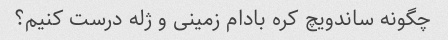
چگونه ساندویچ کره بادام زمینی و ژله درست کنیم؟